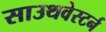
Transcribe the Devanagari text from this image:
साउथवेस्टर्न